Jaan_Tonisson_(Lasteleht), lk 132
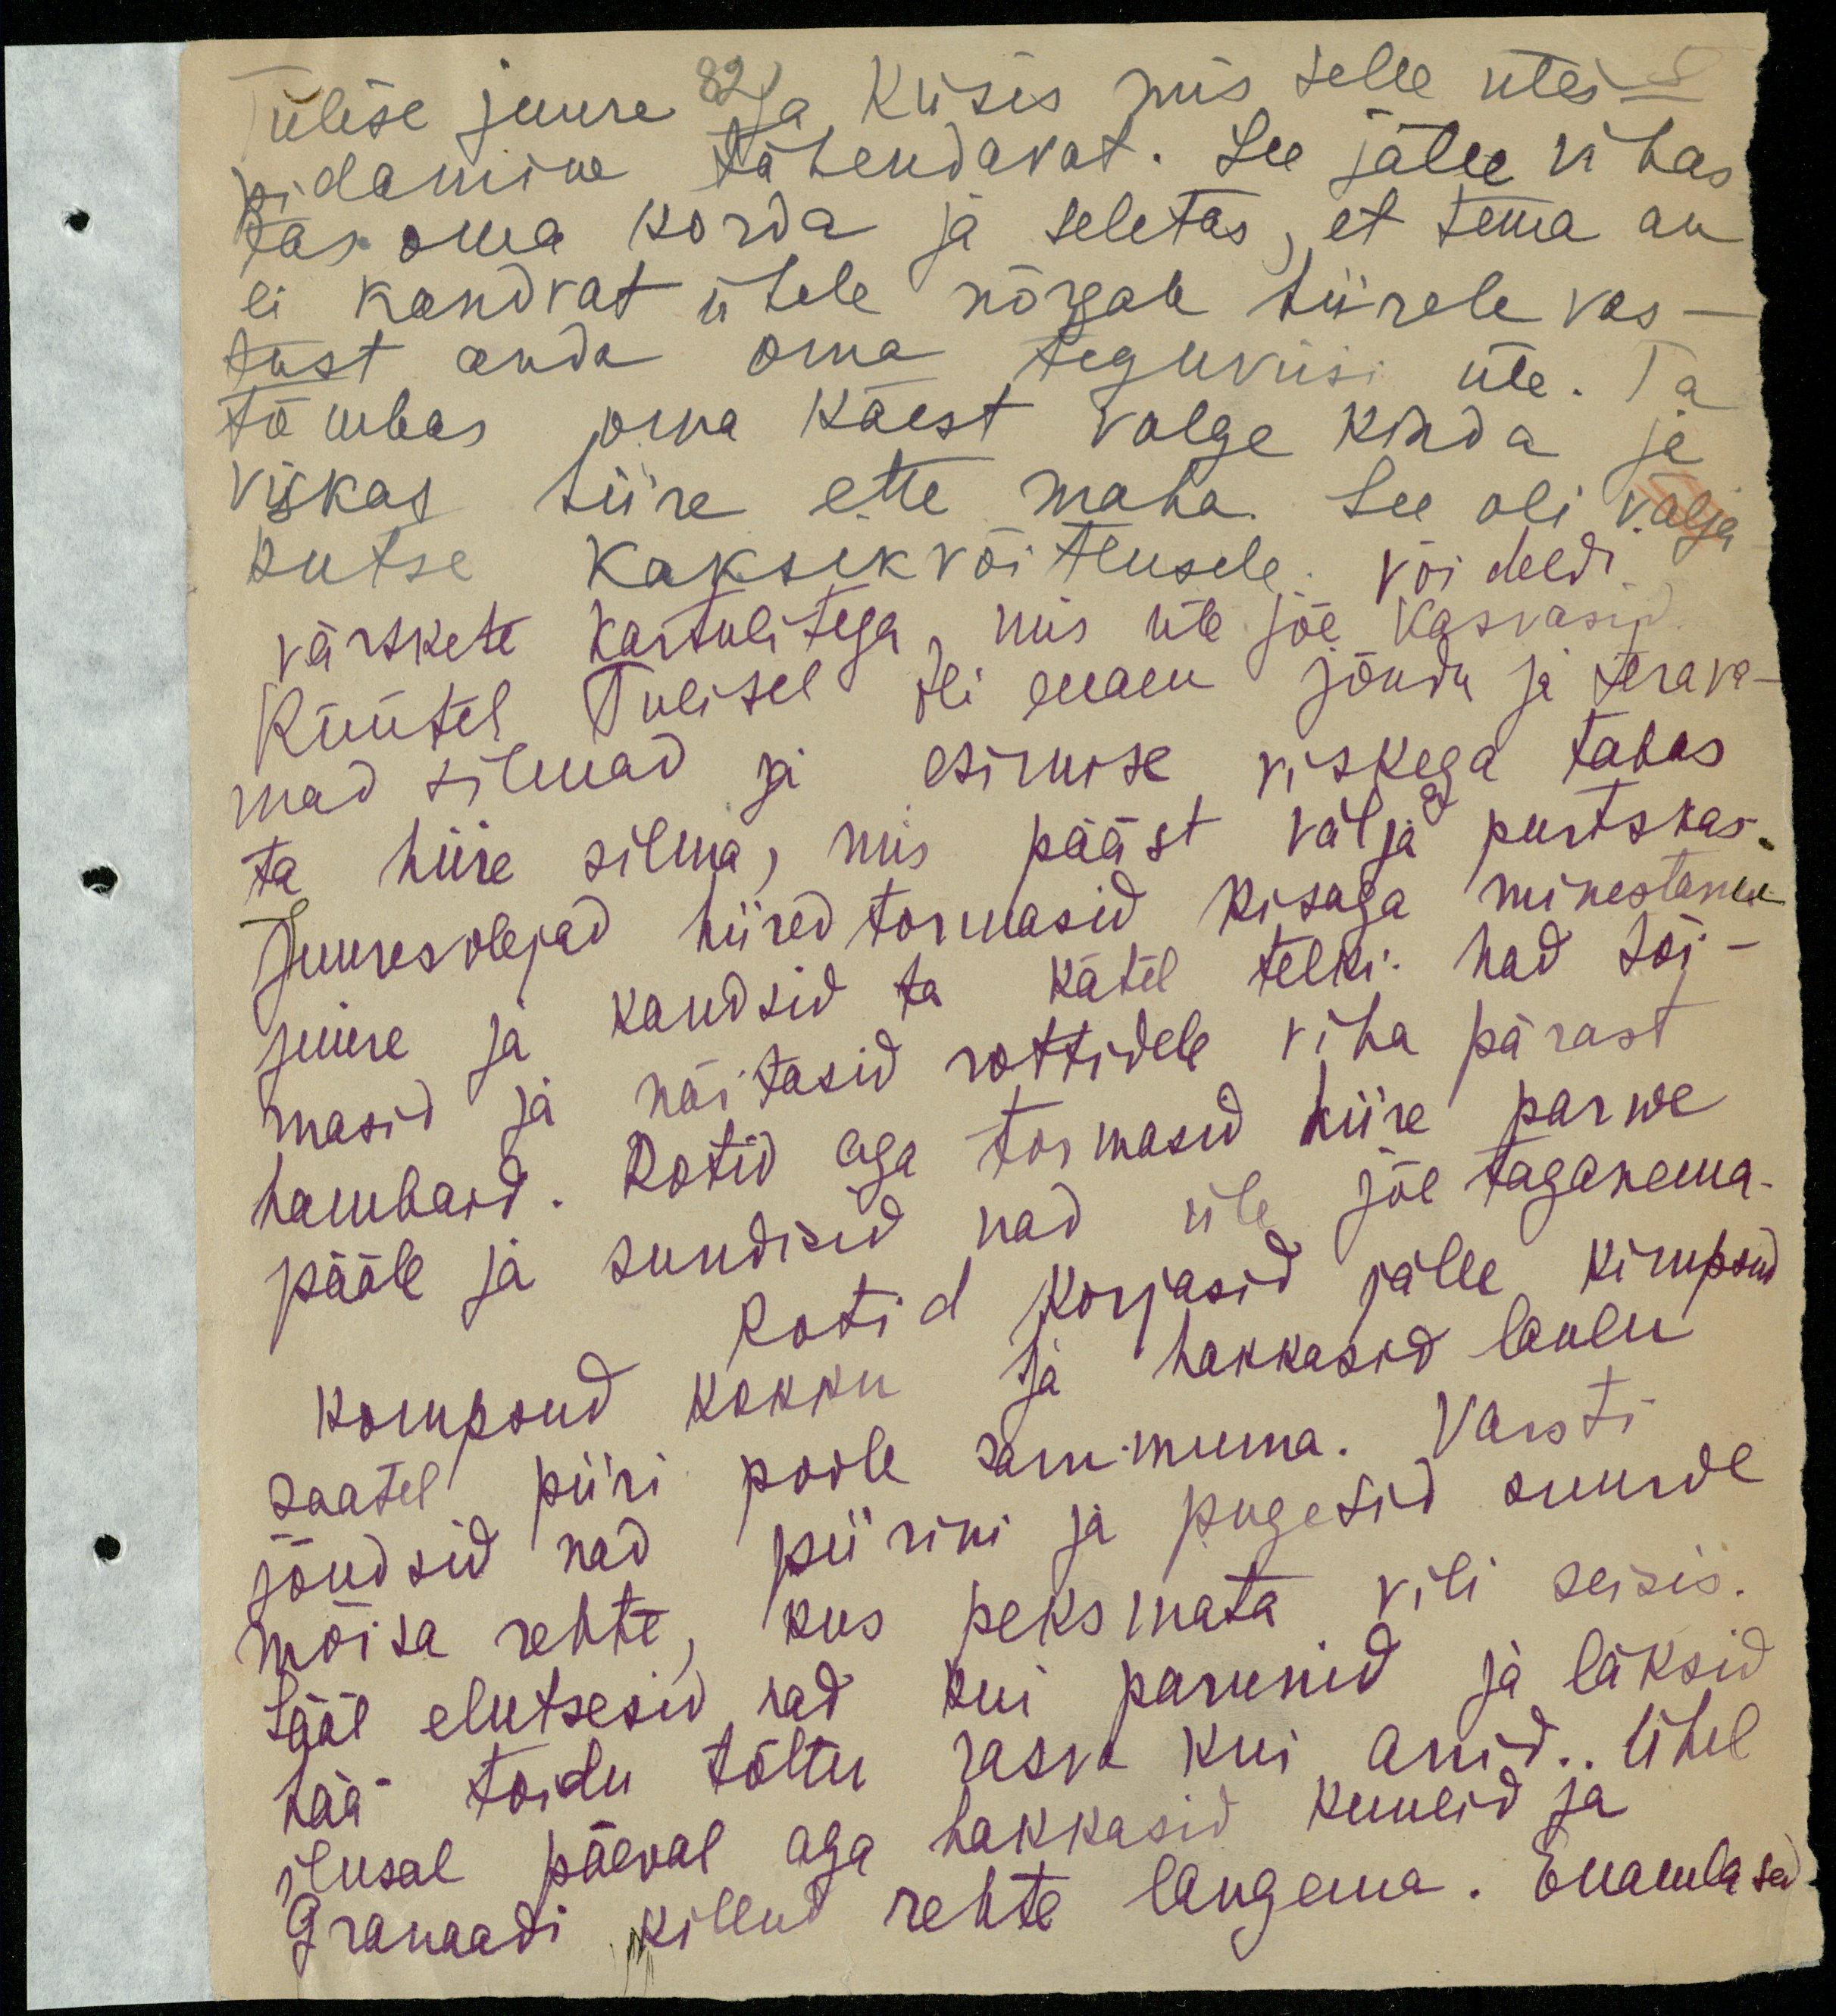
Tulise juure 82 ja küsis mis selle üles-
pidamine tähendavat. See jälle vihas
tas oma korda ja seletas, et tema au
ei kandvat ühele nõrgale hiirele vas-
tust anda oma teguviisi üle. Ta
tõmbas oma käest valge kinda ja
viskas hiire ette maha. See oli välja
kutse kaksikvõitlusele võideldi
värskete kartulitega, mis üle jõe kasvasid
Rüütel Tulisel oli enam jõudu ja terava-
mad silmad ja esimise viskega tabas
ta hiire silma, mis pääst välja purtskas.
Juuresolejad hiired tormasid kisaga minestanu
juure ja kandsid ta kätel telki. Nad sõi-
hambaid. Rotid aga tormasid hiire parwe
masid ja näitasid rottidele viha pärast
pääle ja sundisid nad üle jõe taganema.
Rotid korjasid jälle kimpsud
kompsud kokku ja hakkasid laulu
jõudsid nad piirini ja pugesid suurde
saatel piiri poole sammuma. Varsti
mõisa rehte, kus peksmata vili seisis.
Sääl elutsesid nad kui parunid ja läksid
hää toidu tõttu rasva kui anid.. Ühel
ilusal päeval aga hakkasid kuulid ja
Granaadi killud rehte langema. Enamlased